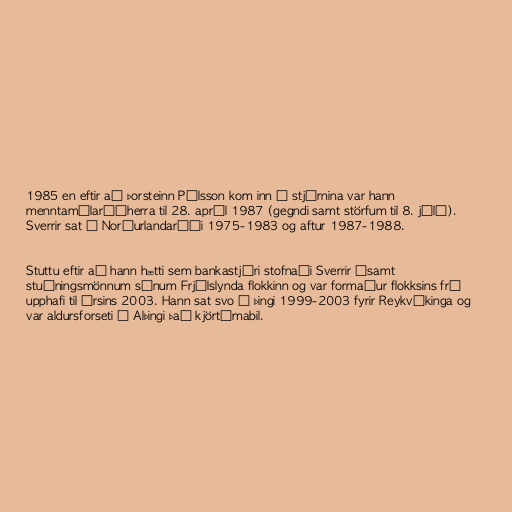
1985 en eftir að Þorsteinn Pálsson kom inn í stjórnina var hann
menntamálaráðherra til 28. apríl 1987 (gegndi samt störfum til 8. júlí).
Sverrir sat í Norðurlandaráði 1975-1983 og aftur 1987-1988.

Stuttu eftir að hann hætti sem bankastjóri stofnaði Sverrir ásamt
stuðningsmönnum sínum Frjálslynda flokkinn og var formaður flokksins frá
upphafi til ársins 2003. Hann sat svo á þingi 1999-2003 fyrir Reykvíkinga og
var aldursforseti á Alþingi það kjörtímabil.